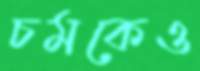
চমকেও